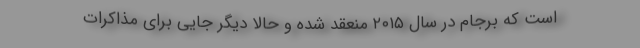
است که برجام در سال ۲۰۱۵ منعقد شده و حالا دیگر جایی برای مذاکرات